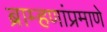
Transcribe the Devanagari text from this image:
ब्राम्हणांप्रमाणे